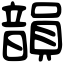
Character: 韻